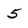
Character: 5